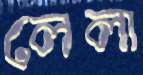
লেলা